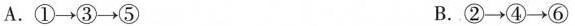
A.①\rightarrow ③\rightarrow ⑤ B.②\rightarrow ④\rightarrow ⑥